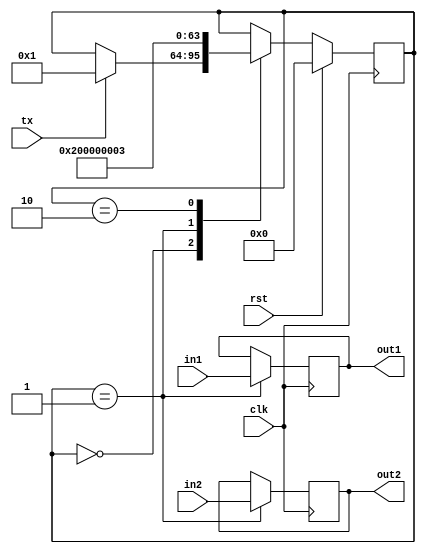
/*
  Author : Rakotojaona Nambinina
  email : Andrianoelisoa.Rakotojaona@gmail.com
  Description : Sending data to ports 
*/
module InputPort(
                clk,
                rst,
                tx,
                in1,
                in2,
                out1,
                out2
                 );
  input clk;
  input rst; 
  input tx;
  input [15:0] in1;
  input [15:0] in2;
  
  output reg [15:0] out1;
  output reg [15:0] out2;
  
  reg [31:0] contex;
  
  // state machine 
  integer state ;
  
  always @ (posedge clk)
    begin
      if (rst)
        begin
          state <=0;
        end
      else
        begin
          case(state)
            0:
              begin
                if (tx)
                  begin
                    state <=1;
                  end 
              end
            1:
              begin
                state <=2;
              end
            2:
              begin
                state <=3;
              end   
          endcase
        end 
    end 

  always @ (negedge clk)
    begin
      case (state)
        0:
          begin
            // do nothing 
          end 
        1:
          begin
            out1 = in1;
            out2 = in2;
            contex = {in1,in2};
          end 
        2:
          begin
            // do nothing
          end 
      endcase
    end 
    
endmodule